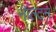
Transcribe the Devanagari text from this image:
नॉल्टन